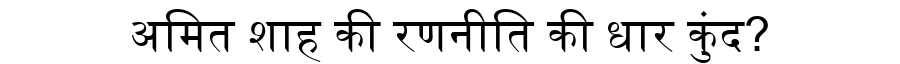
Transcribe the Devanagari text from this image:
अमित शाह की रणनीति की धार कुंद?